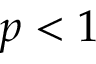
p < 1